Eesti_Peakonsulaat_New_Yorgis, lk 32
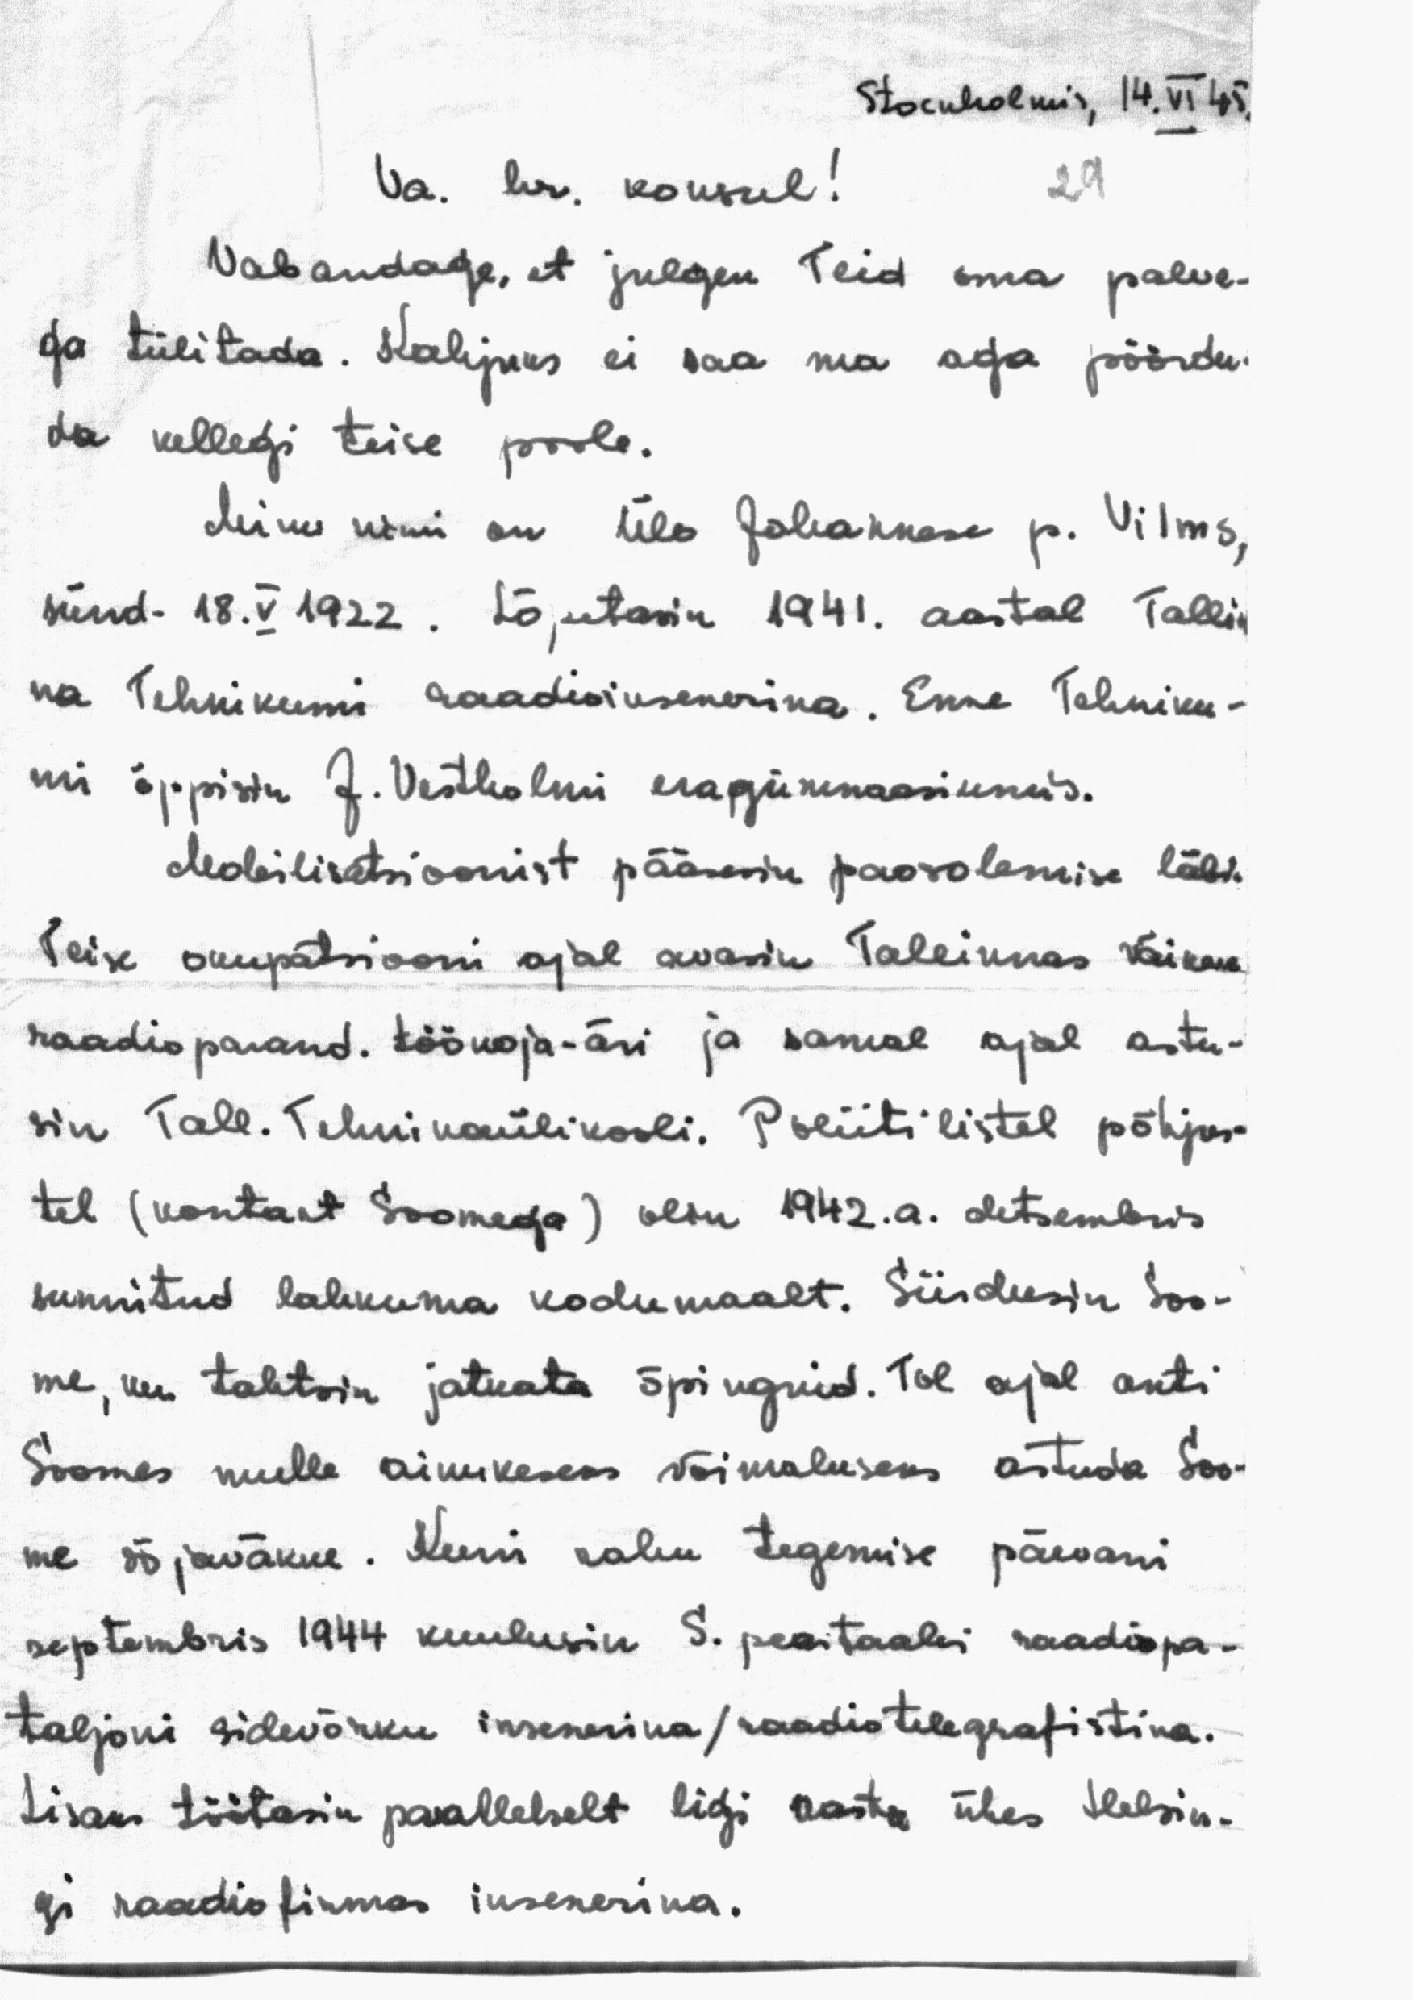
Stockholmis, 14.VI 45.
Va. hr. konsul!
29
Vabandage, et julgen Teid oma palve-
ga tülitada. Kahjuks ei saa ma aga pöördu-
da kellegi teise poole.
Minu nimi on Ülo Johannese p. Vilms,
sünd. 18.V 1922. Lõpetasin 1941. aastal Tallin
na Tehnikumi raadioinsenerina. Enne Tehniku-
mi õppisin J. Vestholmi eragümnaasiumis.
Mobilisatsioonist pääsesin paosolemise läbi.
Teise okupatsiooni ajal avasin Tallinnas väikese
raadioparand. töökoja-äri ja samal ajal astu-
sin Tall. Tehnikaülikooli. Poliitilistel põhjus-
tel (kontakt Soomega) olin 1942.a. detsembris
sunnitud lahkuma kodumaalt. Siirdusin Soo-
me, kus tahtsin jatkata õpinguid. Tol ajal anti
Soomes mulle ainukeseks võimaluseks astuda Soo-
me sõjaväkke. Kuni rahu tegemise päevani
septembris 1944 kuulusin S. peastaabi raadiopa-
taljoni sidevõrku insenerina / raadiotelegrafistina.
Lisaks töötasin parallelselt ligi aasta ühes Helsin-
gi raadiofirmas insenerina.